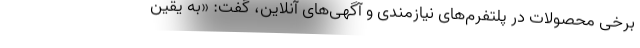
برخی محصولات در پلتفرم‌های نیازمندی و آگهی‌های آنلاین، گفت: «به یقین